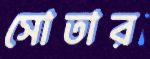
সোতার